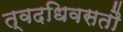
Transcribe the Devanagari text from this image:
त्वदधिवसतौ